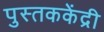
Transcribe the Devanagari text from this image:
पुस्तककेंद्री